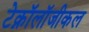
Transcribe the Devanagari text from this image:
टेक्नॉलॉजीकल